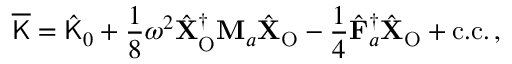
\overline { { \mathsf { K } } } = \hat { \mathsf { K } } _ { 0 } + \frac { 1 } { 8 } \omega ^ { 2 } \hat { \mathbf { X } } _ { \mathrm { O } } ^ { \dagger } \mathbf { M } _ { a } \hat { \mathbf { X } } _ { \mathrm { O } } - \frac { 1 } { 4 } \hat { \mathbf { F } } _ { a } ^ { \dagger } \hat { \mathbf { X } } _ { \mathrm { O } } + \mathrm { c . c . } \, ,